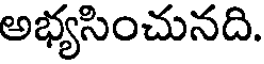
అభ్యసించునది.